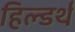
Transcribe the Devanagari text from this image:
हिल्डर्थ